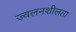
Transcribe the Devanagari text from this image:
ज्‍वलनशीलता